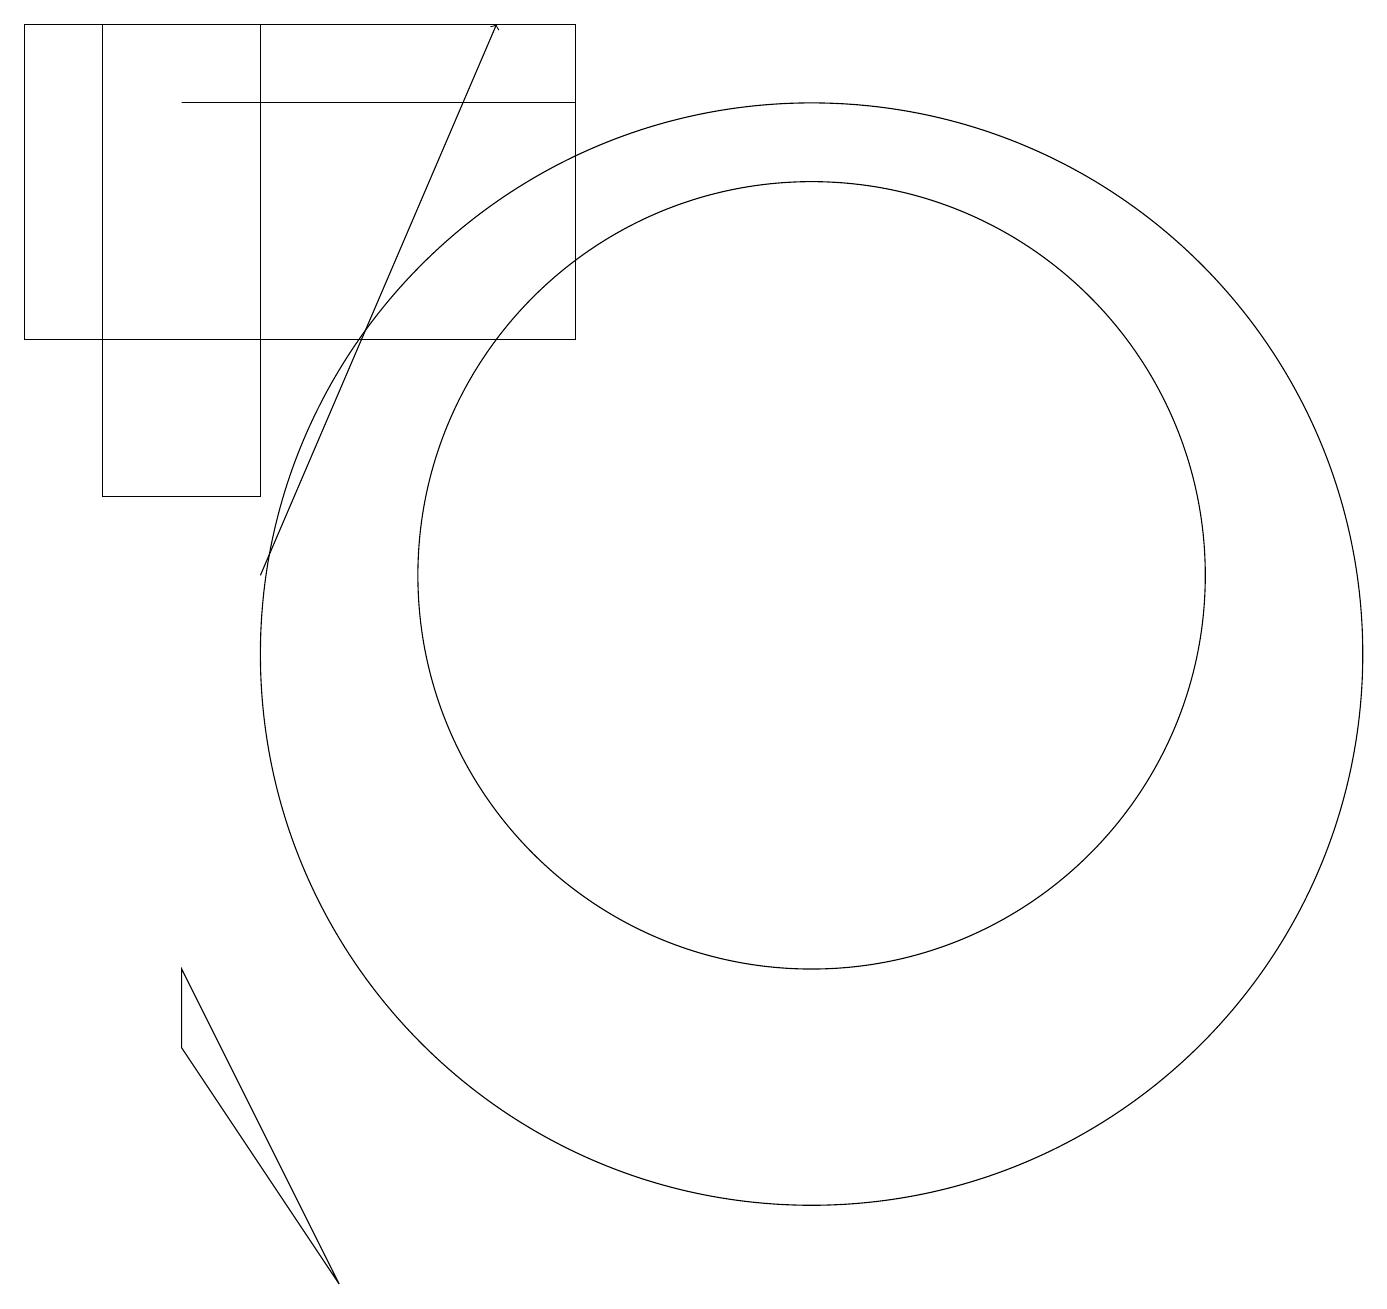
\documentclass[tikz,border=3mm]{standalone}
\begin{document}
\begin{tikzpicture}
\draw (1,19) rectangle (3,13);
\draw (10,12) circle (5);
\draw[->] (3,12) -- (6,19);
\draw (10,11) circle (7);
\draw (7,18) rectangle (2,18);
\draw (2,7) -- (2,6) -- (4,3) -- cycle;
\draw (7,19) rectangle (0,15);
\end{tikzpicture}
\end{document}